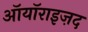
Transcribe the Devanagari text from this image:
ऑयॉराइज़द